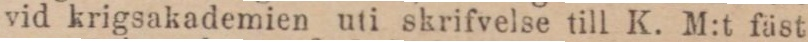
vid krigsakademien uti skrifvelse till K. M:t fäst